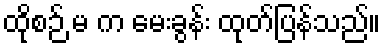
ထိုစဉ် မ က မေးခွန်း ထုတ်ပြန်သည်။